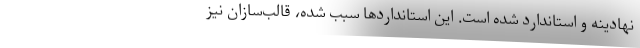
نهادینه و استاندارد شده است. این استانداردها سبب شده، قالب‌سازان نیز